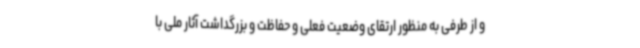
و از طرفی به منظور ارتقای وضعیت فعلی و حفاظت و بزرگداشت آثار ملی با